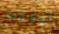
أوشكت